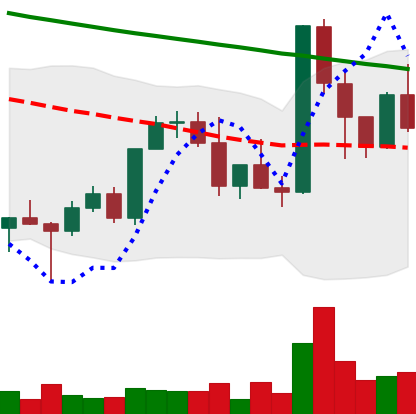
Ticker: XMR-USD
Chart end date: 2022-03-13
Forward return: 10.753%
Label: up_7plus